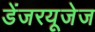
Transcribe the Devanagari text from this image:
डेंजरयूजेज